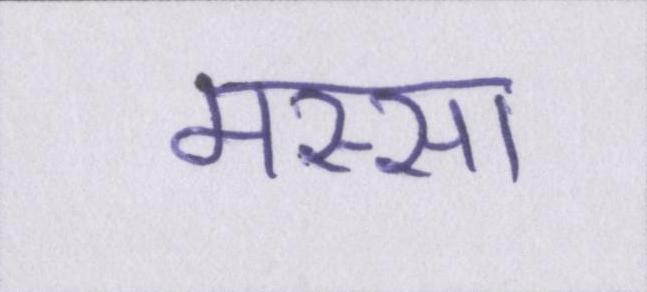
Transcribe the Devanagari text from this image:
मस्सा